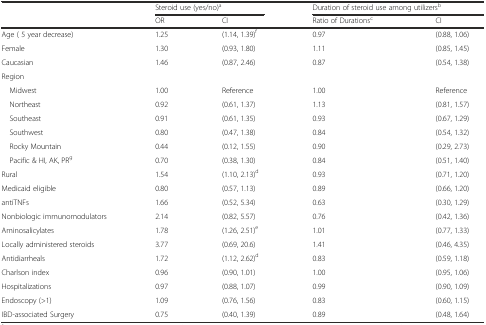
<table><thead><tr><td></td><td colspan="2"><b>Steroid use (yes/no)<sup>a</sup></b></td><td colspan="2"><b>Duration of steroid use among utilizers<sup>b</sup></b></td></tr><tr><td></td><td><b>OR</b></td><td><b>CI</b></td><td><b>Ratio of Durations<sup>c</sup></b></td><td><b>CI</b></td></tr></thead><tbody><tr><td>Age ( 5 year decrease)</td><td>1.25</td><td>(1.14, 1.39)<sup>f</sup></td><td>0.97</td><td>(0.88, 1.06)</td></tr><tr><td>Female</td><td>1.30</td><td>(0.93, 1.80)</td><td>1.11</td><td>(0.85, 1.45)</td></tr><tr><td>Caucasian</td><td>1.46</td><td>(0.87, 2.46)</td><td>0.87</td><td>(0.54, 1.38)</td></tr><tr><td>Region</td><td></td><td></td><td></td><td></td></tr><tr><td> Midwest</td><td>1.00</td><td>Reference</td><td>1.00</td><td>Reference</td></tr><tr><td> Northeast</td><td>0.92</td><td>(0.61, 1.37)</td><td>1.13</td><td>(0.81, 1.57)</td></tr><tr><td> Southeast</td><td>0.91</td><td>(0.61, 1.35)</td><td>0.93</td><td>(0.67, 1.29)</td></tr><tr><td> Southwest</td><td>0.80</td><td>(0.47, 1.38)</td><td>0.84</td><td>(0.54, 1.32)</td></tr><tr><td> Rocky Mountain</td><td>0.44</td><td>(0.12, 1.55)</td><td>0.90</td><td>(0.29, 2.73)</td></tr><tr><td> Pacific &amp; HI, AK, PR<sup>g</sup></td><td>0.70</td><td>(0.38, 1.30)</td><td>0.84</td><td>(0.51, 1.40)</td></tr><tr><td>Rural</td><td>1.54</td><td>(1.10, 2.13)<sup>d</sup></td><td>0.93</td><td>(0.71, 1.20)</td></tr><tr><td>Medicaid eligible</td><td>0.80</td><td>(0.57, 1.13)</td><td>0.89</td><td>(0.66, 1.20)</td></tr><tr><td>antiTNFs</td><td>1.66</td><td>(0.52, 5.34)</td><td>0.63</td><td>(0.30, 1.29)</td></tr><tr><td>Nonbiologic immunomodulators</td><td>2.14</td><td>(0.82, 5.57)</td><td>0.76</td><td>(0.42, 1.36)</td></tr><tr><td>Aminosalicylates</td><td>1.78</td><td>(1.26, 2.51)<sup>e</sup></td><td>1.01</td><td>(0.77, 1.33)</td></tr><tr><td>Locally administered steroids</td><td>3.77</td><td>(0.69, 20.6)</td><td>1.41</td><td>(0.46, 4.35)</td></tr><tr><td>Antidiarrheals</td><td>1.72</td><td>(1.12, 2.62)<sup>d</sup></td><td>0.83</td><td>(0.59, 1.18)</td></tr><tr><td>Charlson index</td><td>0.96</td><td>(0.90, 1.01)</td><td>1.00</td><td>(0.95, 1.06)</td></tr><tr><td>Hospitalizations</td><td>0.97</td><td>(0.88, 1.07)</td><td>0.99</td><td>(0.90, 1.09)</td></tr><tr><td>Endoscopy (&gt;1)</td><td>1.09</td><td>(0.76, 1.56)</td><td>0.83</td><td>(0.60, 1.15)</td></tr><tr><td>IBD-associated Surgery</td><td>0.75</td><td>(0.40, 1.39)</td><td>0.89</td><td>(0.48, 1.64)</td></tr></tbody></table>